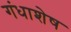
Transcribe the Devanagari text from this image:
गंधाशेष